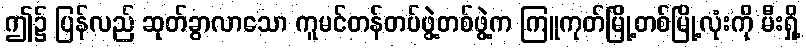
ဤ၌ ပြန်လည် ဆုတ်ခွာလာသော ကူမင်တန်တပ်ဖွဲ့တစ်ဖွဲ့က ကြူကုတ်မြို့တစ်မြို့လုံးကို မီးရှို့